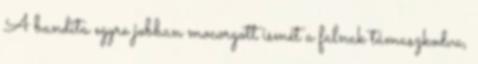
A bandita egyre jobban mocorgott ismét a falnak támaszkodva,